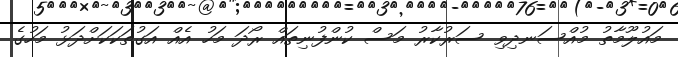
މައުލޫމާތު މުއްސަނދިވި ސަރުކާރު މަސް ކުންފުނިތައް ރޯދަ މަހު އެއް އަގުތަކަކަށްދަޅު މަހުގެ